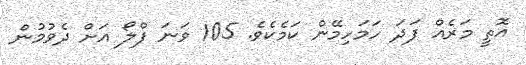
އޮތީ މަރެއް ފަދަ ހަމަހިމޭން ކަމެކެވެ. 105 ވަނަ ފްލޯ އަށް ދެވުމުން